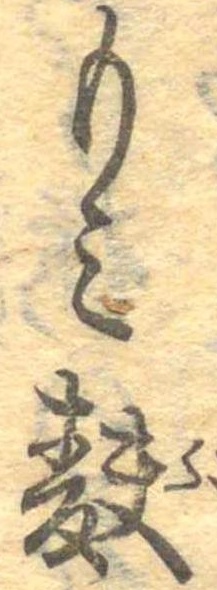
もみ麩